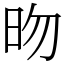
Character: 昒